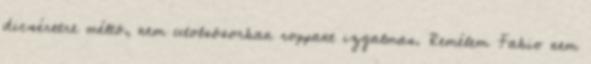
dicséretre méltó, nem utolsósorban roppant izgalmas. Remélem Fabio nem